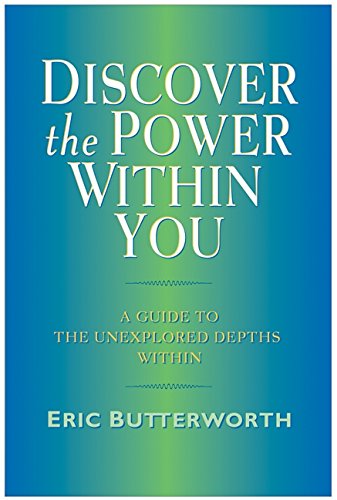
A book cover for Discover the Power Within You; Eric Butterworth; Self-Help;